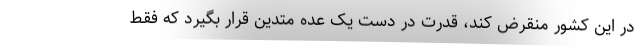
در این کشور منقرض کند، قدرت در دست یک عده متدین قرار بگیرد که فقط